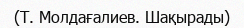
(Т. Молдағалиев. Шақырады)